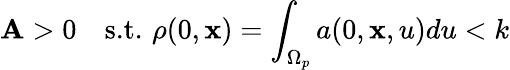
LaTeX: \mathbf{A}>0\quad\textup{{s.t.}}\, \, \rho(0,\mathbf{{x}})=\int_{\Omega_{p}}a(0,\mathbf{{x}},u)du<k